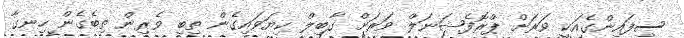
ސިފައިންގެއަކީ ވަރަށް ޕްރޮފެޝަނަލް ވަރަށް ގާބިލް ކިޔަވައިގެން ތިބި ވެރިން ތިބެގެން ހިނގާ